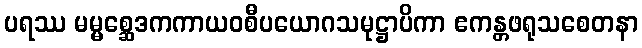
ပရဿ မမ္မစ္ဆေဒကကာယဝစီပယောဂသမုဋ္ဌာပိကာ ဧကန္တဖရုသစေတနာ